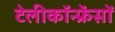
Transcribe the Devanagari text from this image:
टेलीकॉन्फ्रेंसों